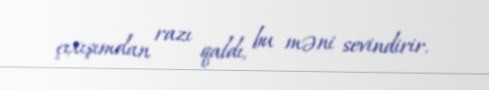
çıxışımdan razı qaldı, bu məni sevindirir.